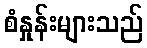
စံနှုန်းများသည်